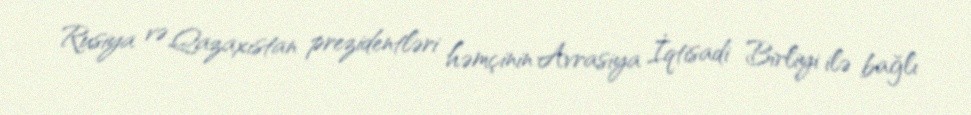
Rusiya və Qazaxıstan prezidentləri həmçinin Avrasiya İqtisadi Birliyi ilə bağlı